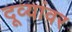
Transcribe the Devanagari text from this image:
दूव्यांवर